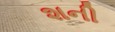
શની